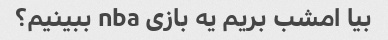
بیا امشب بریم یه بازی nba ببینیم؟